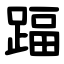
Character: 踾